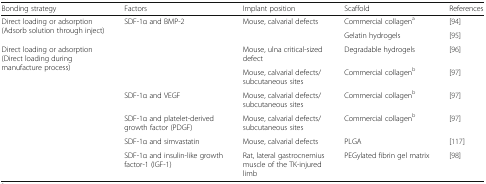
<table><thead><tr><td><b>Bonding strategy</b></td><td><b>Factors</b></td><td><b>Implant position</b></td><td><b>Scaffold</b></td><td><b>References</b></td></tr></thead><tbody><tr><td rowspan="2">Direct loading or adsorption(Adsorb solution through inject)</td><td rowspan="4">SDF-1α and BMP-2</td><td rowspan="2">Mouse, calvarial defects</td><td>Commercial collagen<sup>a</sup></td><td>[94]</td></tr><tr><td>Gelatin hydrogels</td><td>[95]</td></tr><tr><td rowspan="6">Direct loading or adsorption(Direct loading during manufacture process)</td><td>Mouse, ulna critical-sized defect</td><td>Degradable hydrogels</td><td>[96]</td></tr><tr><td>Mouse, calvarial defects/ subcutaneous sites</td><td>Commercial collagen<sup>b</sup></td><td>[97]</td></tr><tr><td>SDF-1α and VEGF</td><td>Mouse, calvarial defects/ subcutaneous sites</td><td>Commercial collagen<sup>b</sup></td><td>[97]</td></tr><tr><td>SDF-1α and platelet-derived growth factor (PDGF)</td><td>Mouse, calvarial defects/ subcutaneous sites</td><td>Commercial collagen<sup>b</sup></td><td>[97]</td></tr><tr><td>SDF-1α and simvastatin</td><td>Mouse, calvarial defects</td><td>PLGA</td><td>[117]</td></tr><tr><td>SDF-1α and insulin-like growth factor-1 (IGF-1)</td><td>Rat, lateral gastrocnemius muscle of the TK-injured limb</td><td>PEGylated fibrin gel matrix</td><td>[98]</td></tr></tbody></table>